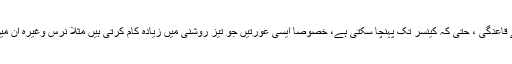
میلاٹو نین کے تناسب میں کمی ، مایوسی اور حوصلہ شکنی ، پیدائشی نظام میں بے قاعدگی ، حتیٰ کہ کینسر تک پہنچا سکتی ہے، خصوصاً ایسی عورتیں جو تیز روشنی میں زیادہ کام کرتی ہیں مثلاً نرس وغیرہ ان میں سینے کے سرطان کا خدشہ عام عورتوں کے مقابلے میں 60فیصد زیادہ ہوتاہے۔